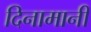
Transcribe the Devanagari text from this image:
दिनामानी